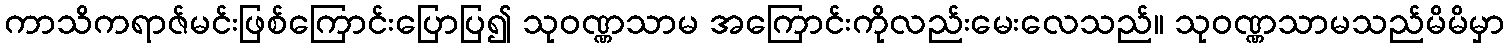
ကာသိကရာဇ်မင်းဖြစ်ကြောင်းပြောပြ၍ သုဝဏ္ဏသာမ အကြောင်းကိုလည်းမေးလေသည်။ သုဝဏ္ဏသာမသည်မိမိမှာ